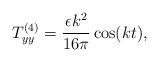
LaTeX: \begin{align*}T^{(4)}_{yy}=\frac{\epsilon k^2}{16\pi}\cos(kt) ,\end{align*}